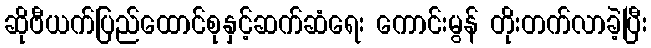
ဆိုဗီယက်ပြည်ထောင်စုနှင့်ဆက်ဆံရေး ကောင်းမွန် တိုးတက်လာခဲ့ပြီး